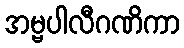
အမ္ဗပါလီဂဏိကာ